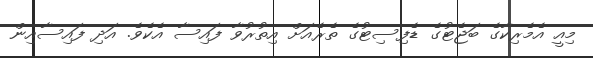
މިއީ އެމެރިކާގެ ބަޖެޓުގެ ޑެފިސިޓުގެ ތެރެއަށް އިތުރުވާ ފައިސާ އެކެވެ. އަދި ފައިސާއިން